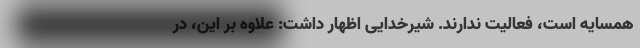
همسایه است، فعالیت ندارند. شیرخدایی اظهار داشت: علاوه بر این، در